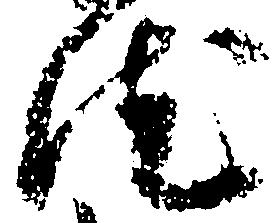
汰